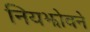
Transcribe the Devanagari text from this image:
नियझोवने